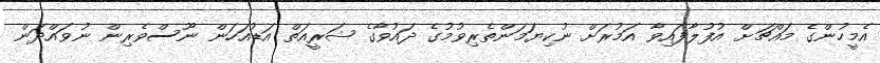
އެމީހުންގެ މައްޗަށް އުފުލާފައިވާ އަމުރަށް ނުކިޔަމަންތެރިވުމުގެ ދައުވާގެ ޝަރީއަތް އަޑުއަހަން ނޫސްވެރިން ނުވައްދަން